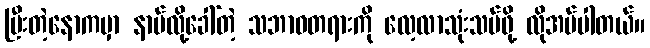
ပြီးတဲ့နောကမှာ နာမ်လို့ခေါ်တဲ့ သဘာဝတရားကို လေ့လာသုံးသပ်ဖို့ လိုအပ်ပါတယ်။